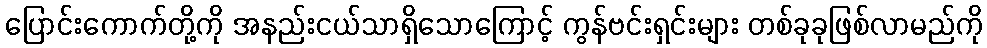
ပြောင်းကောက်တို့ကို အနည်းငယ်သာရှိသောကြောင့် ကွန်ဗင်းရှင်းများ တစ်ခုခုဖြစ်လာမည်ကို